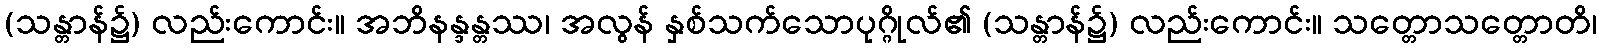
(သန္တာန်၌) လည်းကောင်း။ အဘိနန္ဒန္တဿ၊ အလွန် နှစ်သက်သောပုဂ္ဂိုလ်၏ (သန္တာန်၌) လည်းကောင်း။ သတ္တောသတ္တောတိ၊